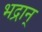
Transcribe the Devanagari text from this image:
भद्रान्